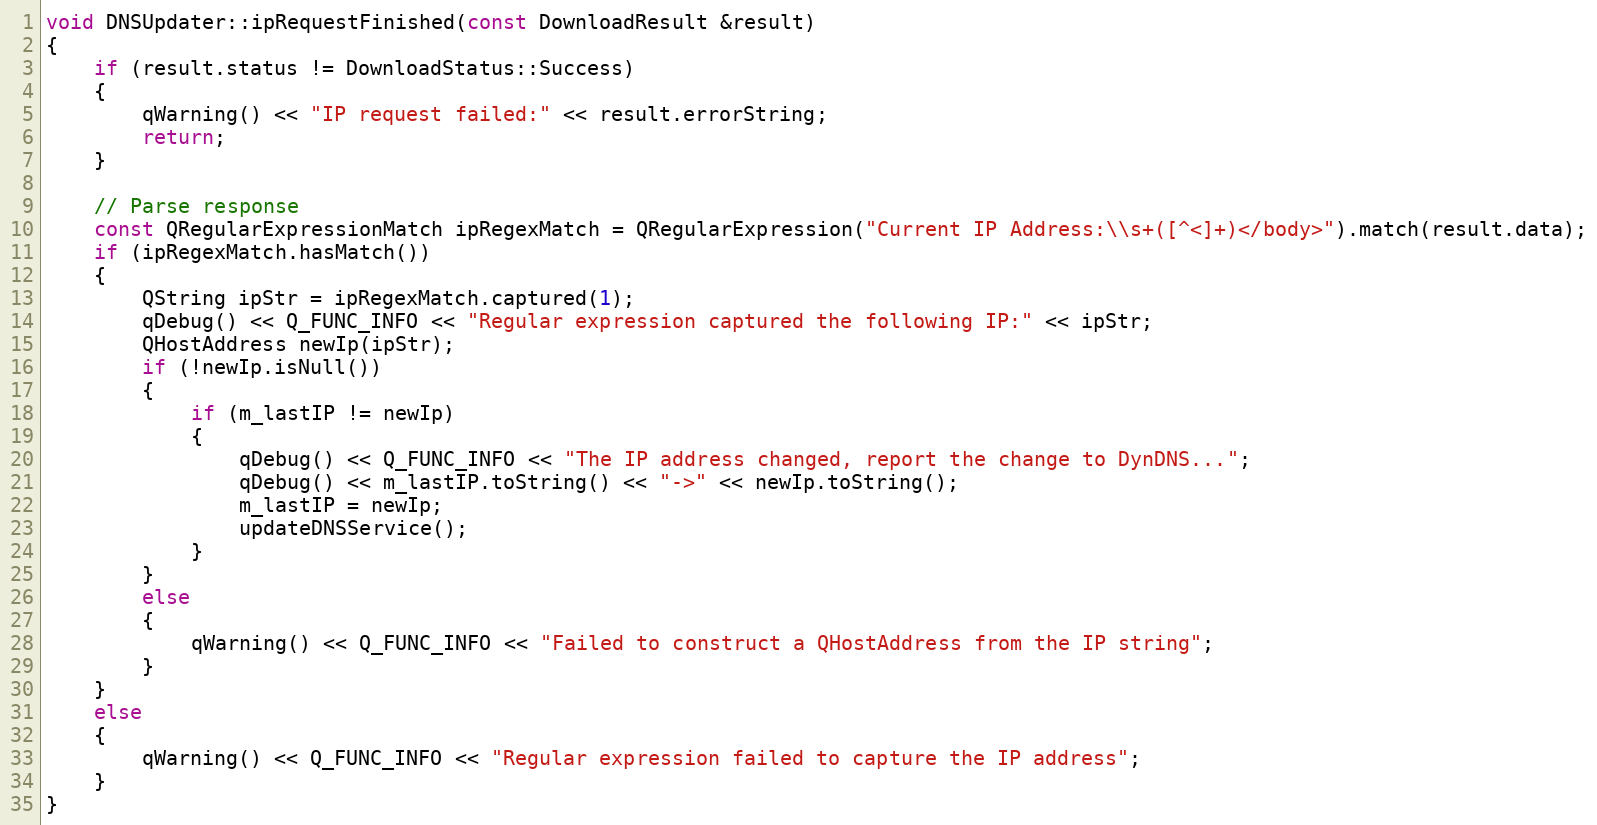
Language: C++
void DNSUpdater::ipRequestFinished(const DownloadResult &result)
{
    if (result.status != DownloadStatus::Success)
    {
        qWarning() << "IP request failed:" << result.errorString;
        return;
    }

    // Parse response
    const QRegularExpressionMatch ipRegexMatch = QRegularExpression("Current IP Address:\\s+([^<]+)</body>").match(result.data);
    if (ipRegexMatch.hasMatch())
    {
        QString ipStr = ipRegexMatch.captured(1);
        qDebug() << Q_FUNC_INFO << "Regular expression captured the following IP:" << ipStr;
        QHostAddress newIp(ipStr);
        if (!newIp.isNull())
        {
            if (m_lastIP != newIp)
            {
                qDebug() << Q_FUNC_INFO << "The IP address changed, report the change to DynDNS...";
                qDebug() << m_lastIP.toString() << "->" << newIp.toString();
                m_lastIP = newIp;
                updateDNSService();
            }
        }
        else
        {
            qWarning() << Q_FUNC_INFO << "Failed to construct a QHostAddress from the IP string";
        }
    }
    else
    {
        qWarning() << Q_FUNC_INFO << "Regular expression failed to capture the IP address";
    }
}